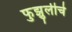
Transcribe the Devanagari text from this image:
फुझुलीचे